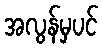
အလွန်မှပင်